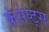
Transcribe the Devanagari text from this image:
कंसेप्ट्स